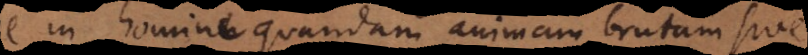
in homine quandam animam brutam sive